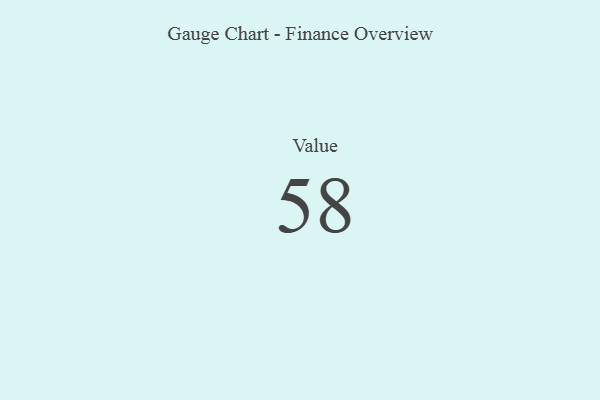
{"axis": {"x": "Metric", "y": "Value"}, "legend": [""], "data": [{"x": "Value", "y": 58, "type": ""}]}